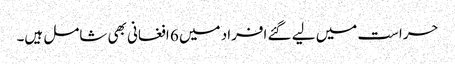
حراست میں لیے گئے افراد میں 6 افغانی بھی شامل ہیں۔